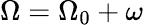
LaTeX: \Omega=\Omega_{0}+\omega